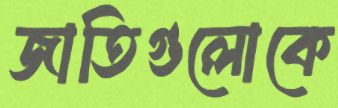
জাতিগুলোকে